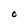
Character: O